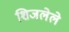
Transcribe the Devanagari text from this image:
शिजलेले